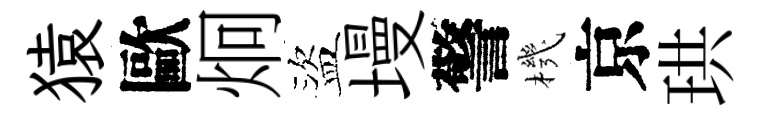
猿歐炯盜墁警機京珙